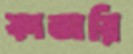
কাতারি